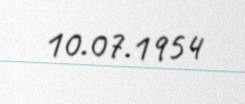
10.07.1954